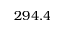
2 9 4 . 4